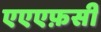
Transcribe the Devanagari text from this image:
एएएफ़सी